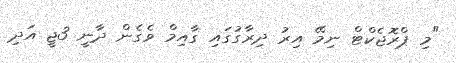
"މި ޕްރޮޖެކްޓް ނިމޭ އިރު ދިރާގުގައި ގާއިމް ވެގެން ދާނީ 3ޖީ އަދި